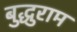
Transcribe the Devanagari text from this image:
बुद्धुराम